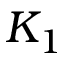
K _ { 1 }